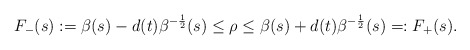
\begin{align*}F_{-}(s):=\beta(s)-d(t)\beta^{-\frac{1}{2}}(s)\leq\rho\leq\beta(s)+d(t)\beta^{-\frac{1}{2}}(s)=:F_{+}(s).\end{align*}